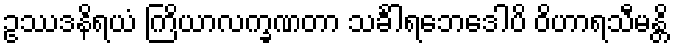
ဥဿဒနိရယံ ကြိယာလက္ခဏတာ သင်္ခါရဘေဒေါပိ ဝိဟာရသီမန္တိ